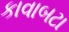
કાવાબટા